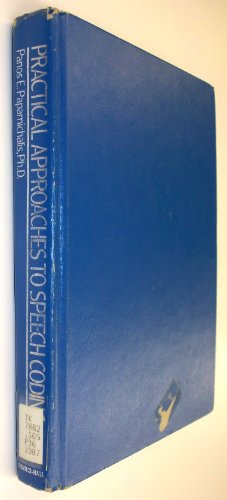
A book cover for Practical Approaches to Speech Coding (Prentice-Hall and Texas Instruments Digital Signal Processors Series); Panos E. Papamichalis; Computers & Technology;